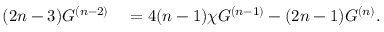
\begin{array} { r l } { ( 2 n - 3 ) G ^ { ( n - 2 ) } } & { { } = 4 ( n - 1 ) \chi G ^ { ( n - 1 ) } - ( 2 n - 1 ) G ^ { ( n ) } . } \end{array}